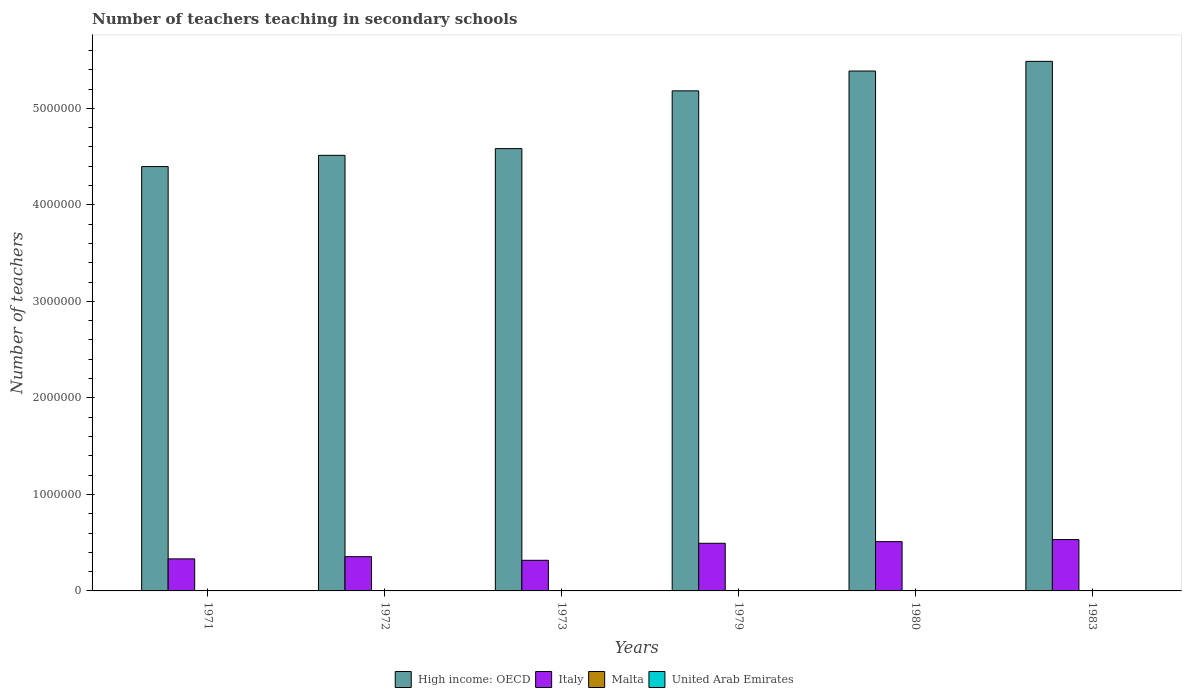
| Years | High income: OECD | Italy | Malta | United Arab Emirates |
 | --- | --- | --- | --- | --- |
 | 1971 | 4.4e+06 | 3.32e+05 | 1.66e+03 | 363 |
 | 1972 | 4.51e+06 | 3.55e+05 | 2.38e+03 | 471 |
 | 1973 | 4.58e+06 | 3.17e+05 | 2.17e+03 | 713 |
 | 1979 | 5.18e+06 | 4.94e+05 | 2.29e+03 | 2.16e+03 |
 | 1980 | 5.39e+06 | 5.11e+05 | 2.23e+03 | 2.58e+03 |
 | 1983 | 5.49e+06 | 5.32e+05 | 2.25e+03 | 3.59e+03 |